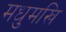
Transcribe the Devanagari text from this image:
मधुमखि